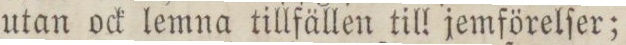
utan ock lemna tillfällen till jemförelſer;